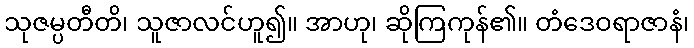
သုဇမ္ပတီတိ၊ သူဇာလင်ဟူ၍။ အာဟု၊ ဆိုကြကုန်၏။ တံဒေဝရာဇာနံ၊